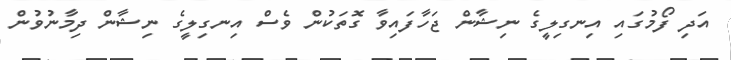
އަދި ފޯމުގައި އިނގިލީގެ ނިޝާން ޖަހާފައިވާ ގޮތަކުން ވެސް އިނގިލީގެ ނިޝާން ދިމާނުވުން